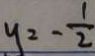
y = - \frac { 1 } { 2 }